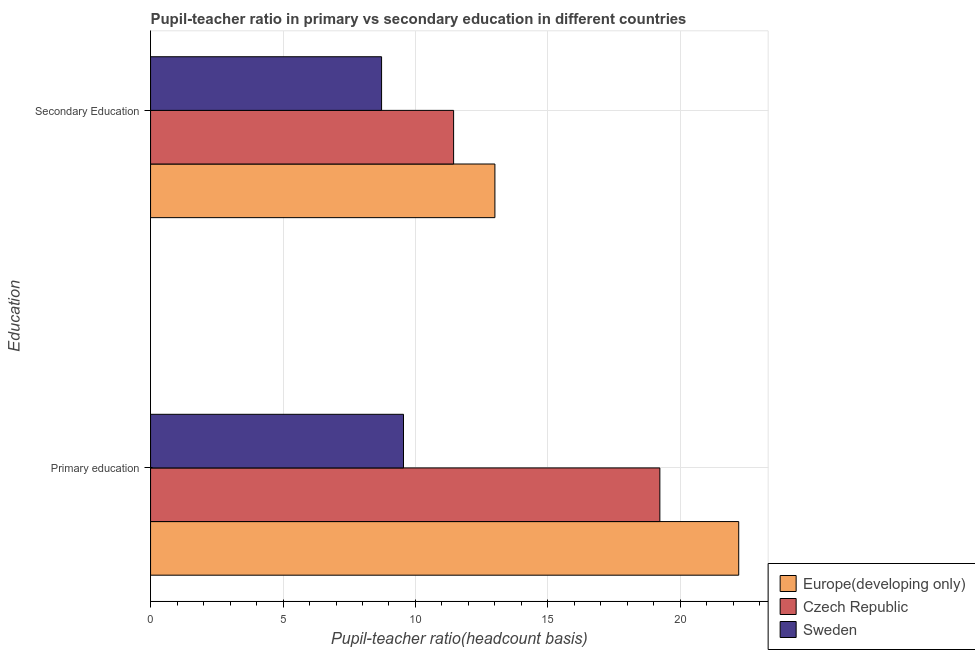
| Education | Europe(developing only) | Czech Republic | Sweden |
 | --- | --- | --- | --- |
 | Primary education | 22.2 | 19.2 | 9.55 |
 | Secondary Education | 13 | 11.4 | 8.72 |